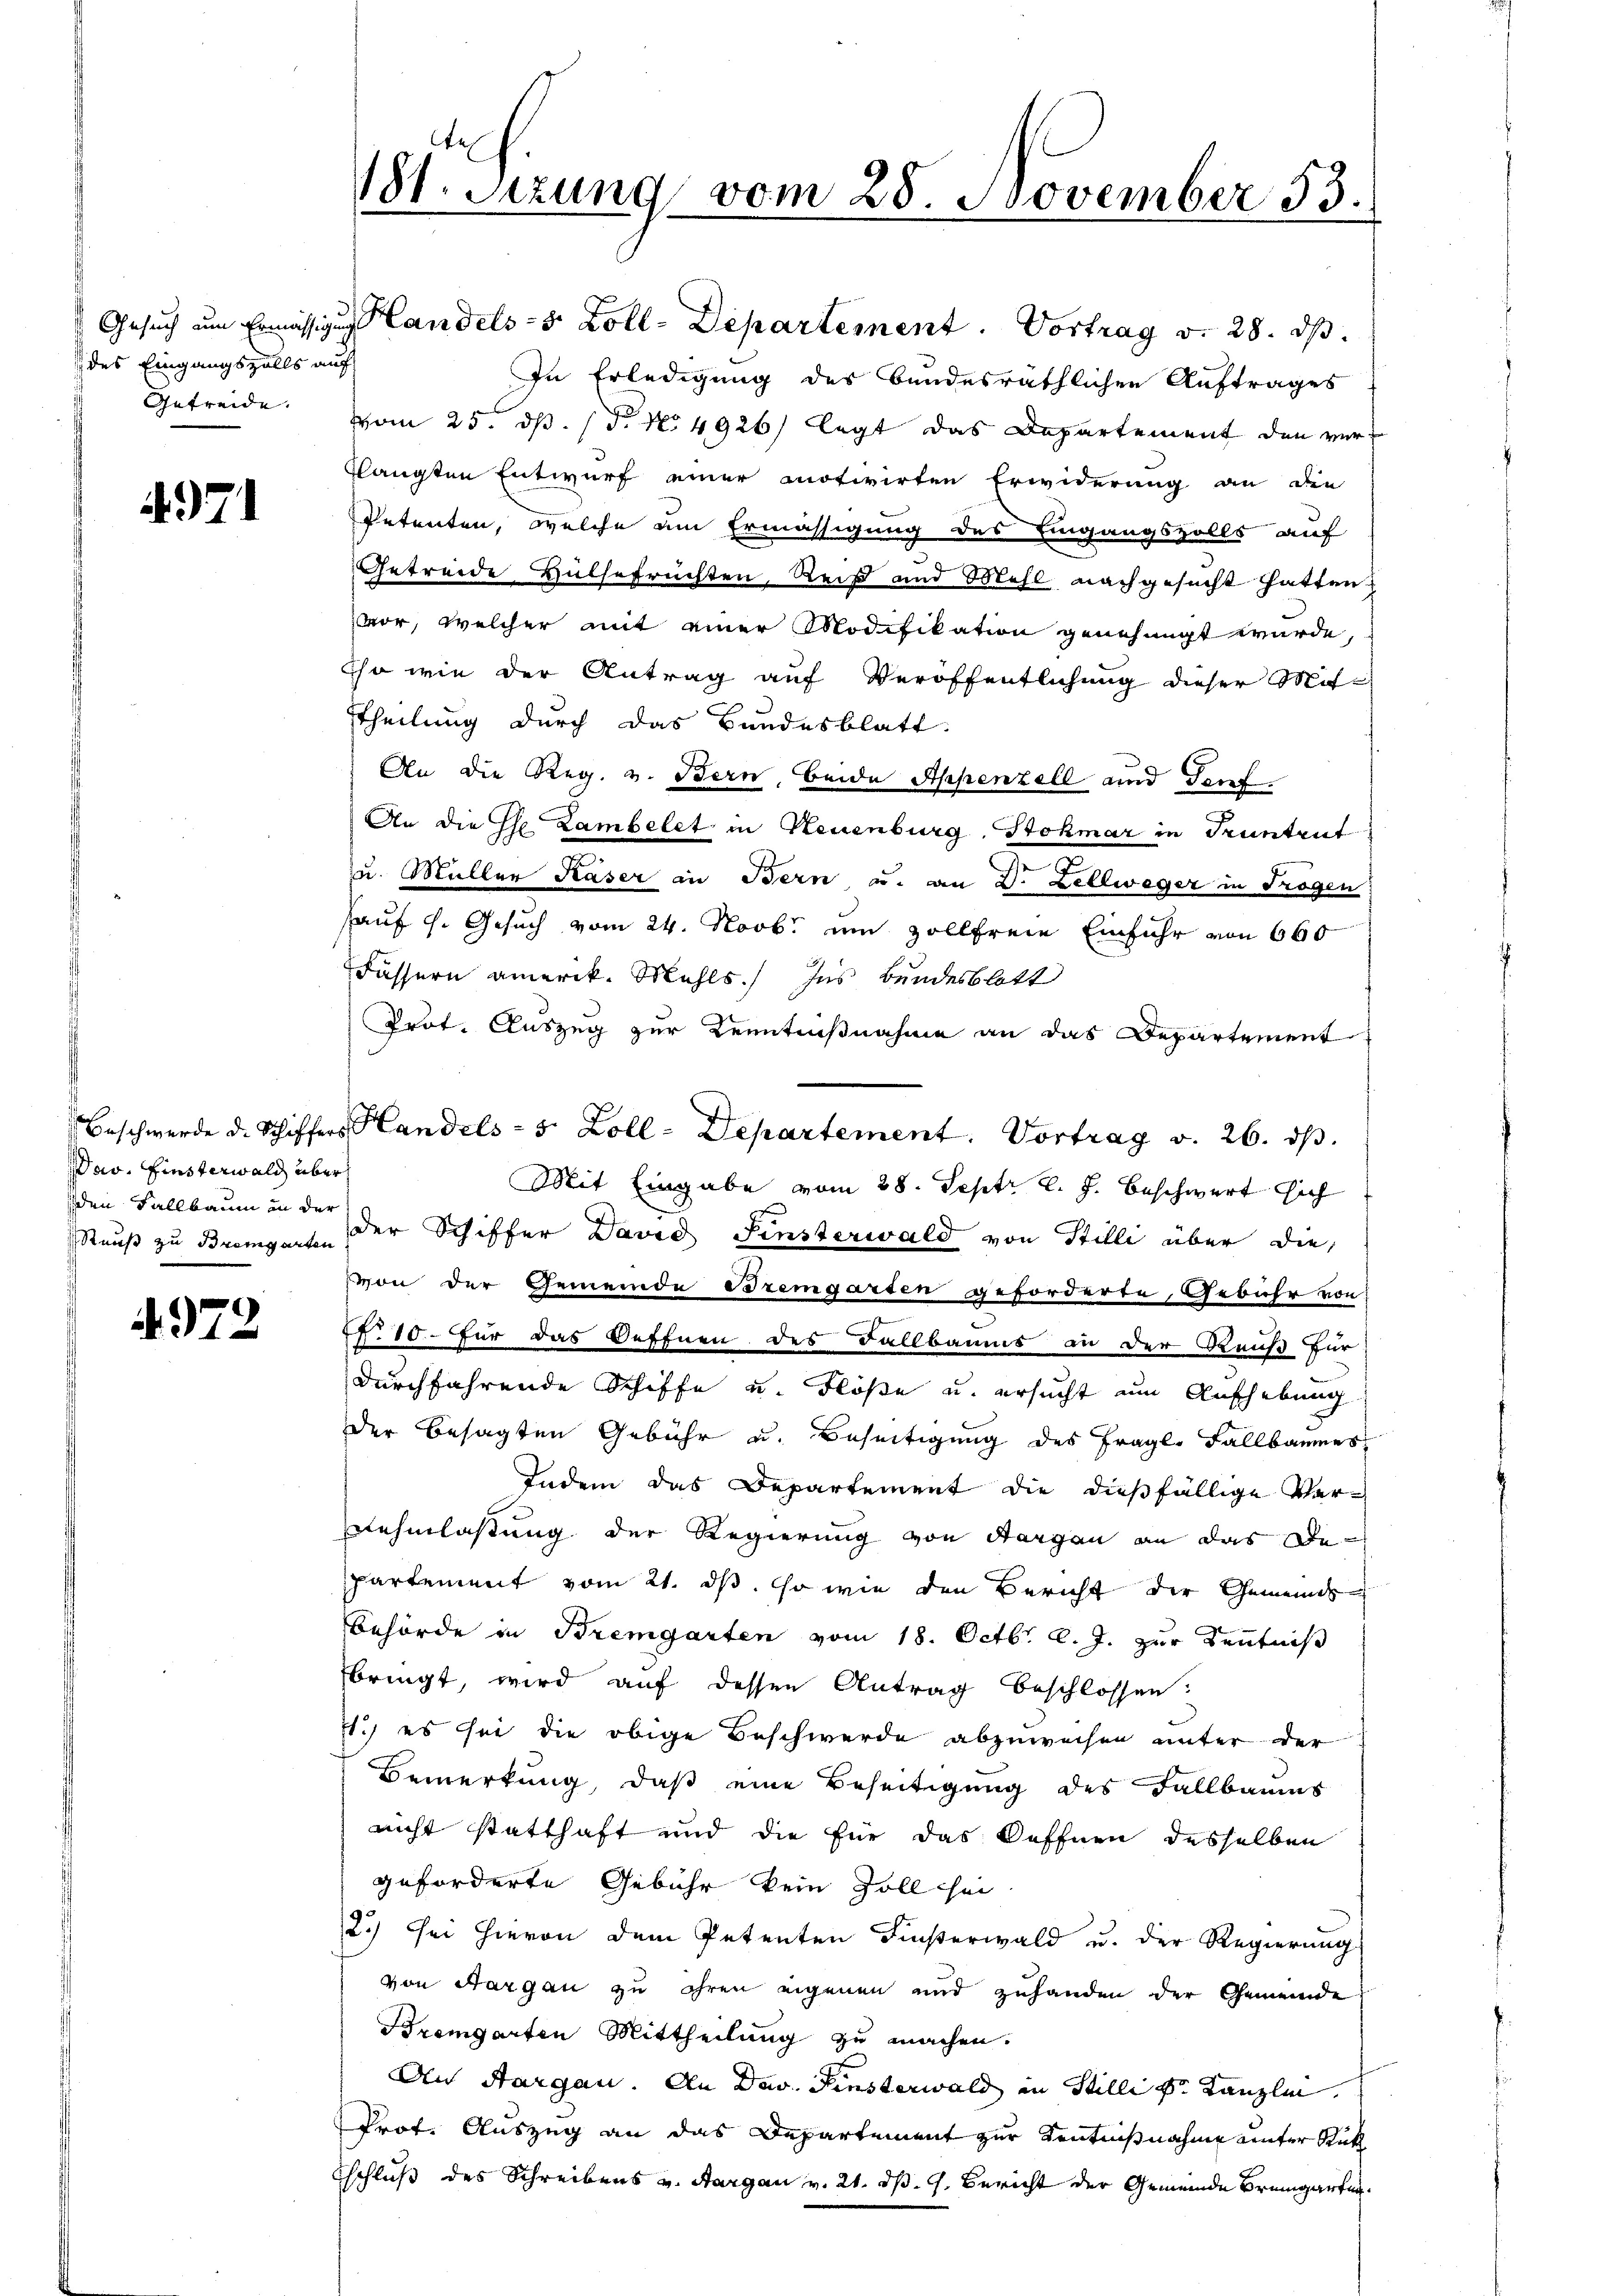
des Eingangszalls auf

471

av. Einsterwald über
den Fallbaum in der

4972

181. Setzung vom 28. November 53.
.

Gesuch um Ermässigung andels- 8 Zoll-Departement. Vortrag v. 28. ds.
In Erledigung des bundesräthlichen Auftrages
Getreide vom 25. d. d. No 4926) legt das Departement den verflangten Entwurf einer motivirten Erwiderung an die
Petenten, welche um Ermässigung des Eingangsfalls auf
Getreide Hülsefrüchten, Reiß und Mehl nachgesucht hatten.
vor, welcher mit einer Modifikation genehmigt wurde,
Cho wie der Antrag auf Veröffentlichung dieser Mitttheilung durch das Bundesblatt.
An die Reg. v. Bern, beide Appenzell und Tauf
An die Ehe. Lambelet, in Neuenburg Stokmar in Truntrut
zu. Müller Käser in Bern u. an 3. Zellweger in Trogen
Hauf s. Gesuch vom 24. Novb. um vollfreie Einfuhr von 660
Fässern amerik. Mehls.) Ins Bundesblatt
Prot. Auszug zur Kenntnißnahme an das Departement
Beschwerde d. Schiffers Handels- 5 Zoll-Departement. Vortrag v. 26. d.
Mit Eingabe vom 28. Septr l. J. beschwert sich
Rauß zu Bremgart der Schiffer David Finsterwald von Stilli über die
von der Gemeinde Bremgarten geforderte Gebühr von
Nr. 10. Für das Oeffnen des Fallbaums an der Reicht für
durchfahrende Schiffe u. Flöße u. ersucht um Aufhebung
der besagten Gebühr u. Beseitigung des Fragl. Fallbaumes
Indem das Departement die dießfällige Vernehmlassung der Regierung von Sargau an das Departement vom 21. ds. so wie den Bericht der Gemeinds¬
Behörde in Bremgarten vom 18. Octbr. l. J. zur Kenntniß
bringt, wird auf dessen Antrag beschlossen:
11.) es sei die obige Beschwerde abzuweisen unter der
Bemerkung, daß eine Beseitigung des Fallbaums
nicht statthaft und die für das Oeffnen desselben
geforderte Gebühr kein soll sei
2.) Sei hievon dem Petenten Finsterwald u. der Regierung
von Aargau zu ihren eigenen und zuhanden der Gemeinde
Bremgarten Mittheilung zu machen.
An Aargau. An Dav. Finsterwald in Stilli Sr. Kanzlin.
Prot. Auszug an das Departement zur Kenntnißnahme unter Rük
schluß des Schreibens v. Aargau v. 21. ds. 9. Bericht der Gemeinde Bremgarten.